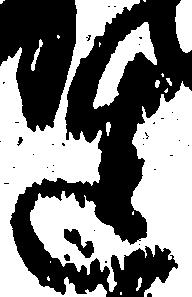
造